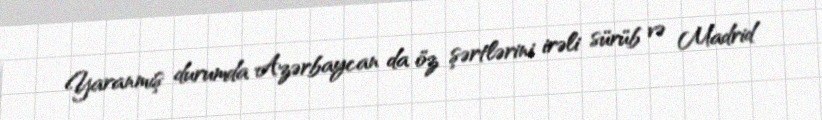
Yaranmış durumda Azərbaycan da öz şərtlərini irəli sürüb və Madrid